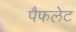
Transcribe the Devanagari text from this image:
पैफलेट